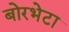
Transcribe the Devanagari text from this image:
बोरभेटा